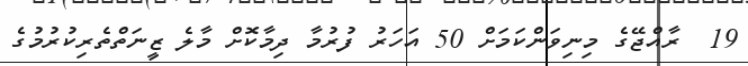
19  ރާއްޖޭގެ މިނިވަންކަމަށް 50 އަހަރު ފުރުމާ ދިމާކޮށް މާލެ ޒީނަތްތެރިކުރުމުގެ